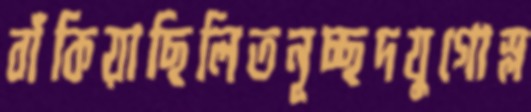
বাঁকিয়াছিলিতনূচ্ছদযুগোস্ল